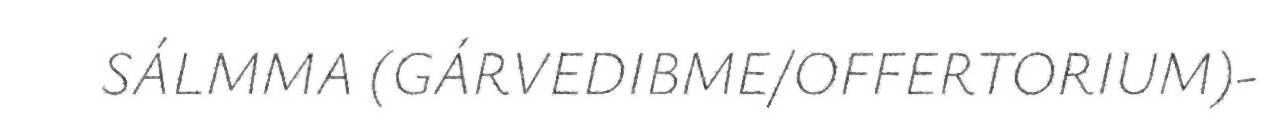
SÁLMMA (GÁRVEDIBME/OFFERTORIUM)-